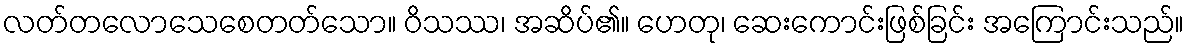
လတ်တလောသေစေတတ်သော။ ဝိသဿ၊ အဆိပ်၏။ ဟေတု၊ ဆေးကောင်းဖြစ်ခြင်း အကြောင်းသည်။